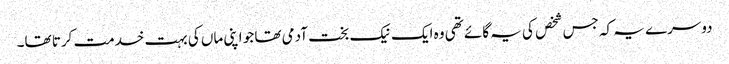
دوسرے یہ کہ جس شخص کی یہ گائے تھی وہ ایک نیک بخت آدمی تھا جو اپنی ماں کی بہت خدمت کرتا تھا۔